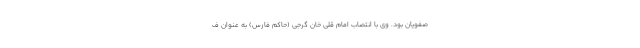
صفویان بود. وی با انتصاب امام قلی خان گرجی (حاکم فارس) به عنوان ف